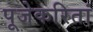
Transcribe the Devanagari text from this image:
पूजेकरितां